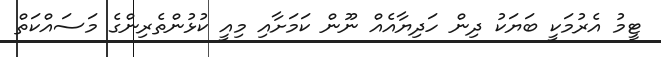
ޓީމު އެރުމަކީ ބަޔަކު ދިން ހަދިޔާއެއް ނޫން ކަމަށާއި މިއީ ކުޅުންތެރިންގެ މަސައްކަތް